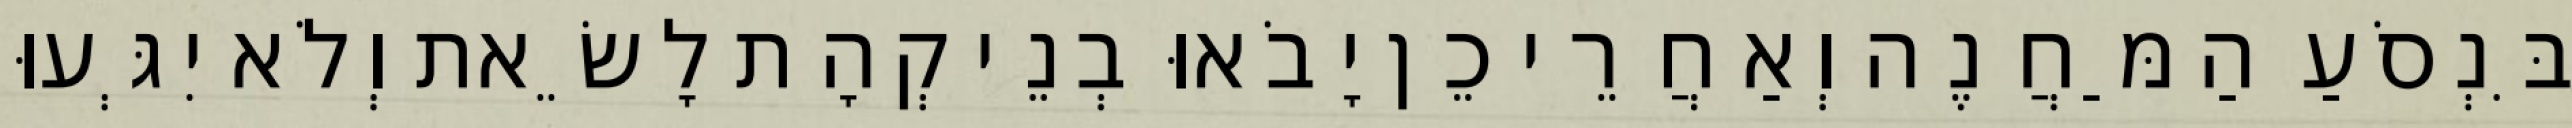
בִּנְסֹעַ הַמַּחֲנֶה וְאַחֲרֵי כֵן יָבֹאוּ בְנֵי קְהָת לָשֵׂאת וְלֹא יִגְּעוּ